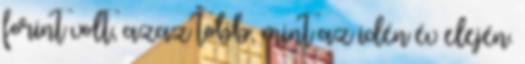
forint volt, azaz több, mint az idén év elején.